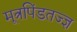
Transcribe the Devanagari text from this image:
मूत्रपिंडतज्‍ज्ञ